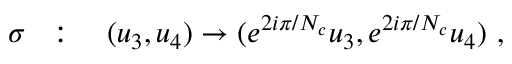
\sigma ~ ~ : \quad ( u _ { 3 } , u _ { 4 } ) \to ( e ^ { 2 i \pi / N _ { c } } u _ { 3 } , e ^ { 2 i \pi / N _ { c } } u _ { 4 } ) ~ ,